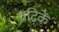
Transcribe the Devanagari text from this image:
पढ़िकें